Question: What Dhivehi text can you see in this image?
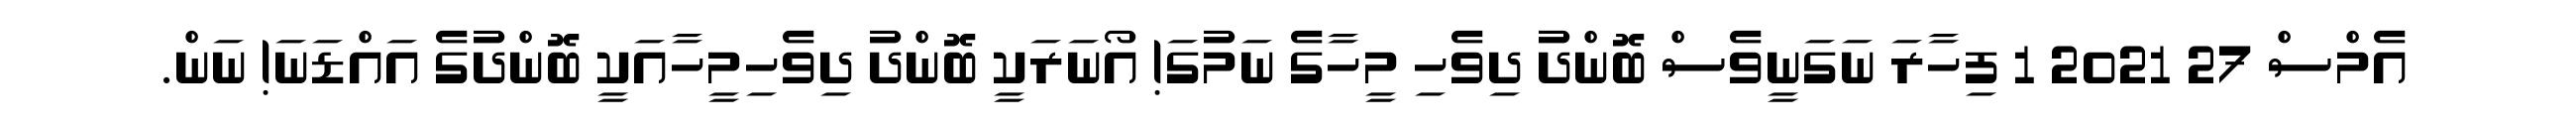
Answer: އެމްސް 27 2021 1 ފިހާރަ ނަގަނީވެސް ބޮންދު ދިވެހި މީހާގެ ނަމުގަ! އޯނަރަކީ ބޮންދު ދިވެހިމީހާއަކީ ބޮންދުގެ އައްޑަނަ! ނަން.